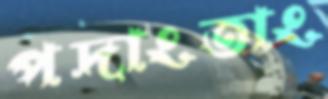
পদাংতাং